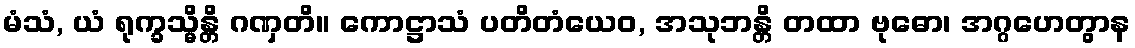
မံသံ, ယံ ရုက္ခသ္မိန္တိ ဂဏှတိ။ ကောဋ္ဌာသံ ပတိတံယေဝ, အသုဘန္တိ တထာ ဗုဓော၊ အဂ္ဂဟေတွာန